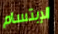
الإبتسام